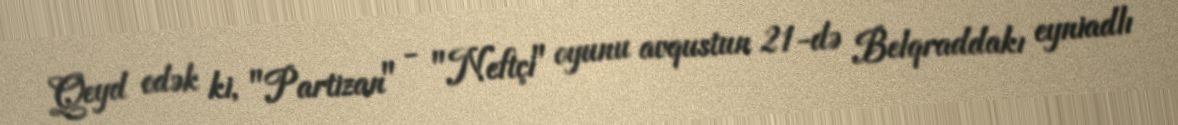
Qeyd edək ki, "Partizan" - "Neftçi" oyunu avqustun 21-də Belqraddakı eyniadlı